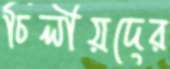
চিলীয়দের